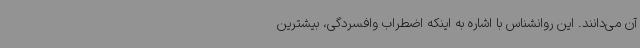
آن می‌دانند. این روانشناس با اشاره به اینکه اضطراب وافسردگی، بیشترین